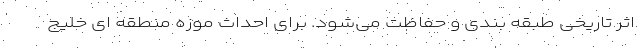
اثر تاریخی طبقه بندی و حفاظت می‌شود. برای احداث موزه منطقه ای خلیج